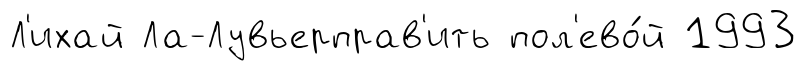
Л'ихай Ла-Лувьерправ'ить пол'ево́й 1993